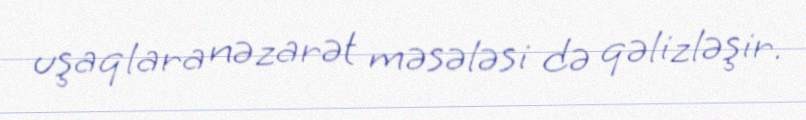
uşaqlara nəzarət məsələsi də qəlizləşir.